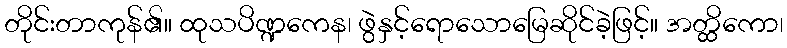
တိုင်းတာကုန်၏။ ထုသပိဏ္ဍကေန၊ ဖွဲနှင့်ရောသောမြေဆိုင်ခဲ့ဖြင့်။ အတ္ထိကော၊